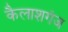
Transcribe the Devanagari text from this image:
कैलाशगंज